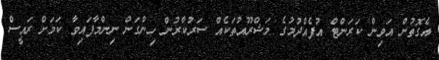
އެގޮތުން އަވިން ކަރަންޓް އުފެއްދުމުގެ މަޝްރޫއުތަކެއް ސަރުކާރުން ހިންގަން ނިންމާފައިވާ ކަމަށް ރައީސް